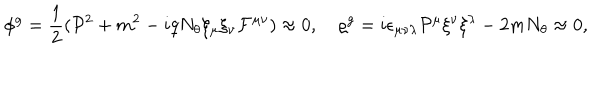
\phi ^ { g } = \frac { 1 } { 2 } ( { \cal P } ^ { 2 } + m ^ { 2 } - i q N _ { \theta } \xi _ { \mu } \xi _ { \nu } { \cal F } ^ { \mu \nu } ) \approx 0 , \quad \varrho ^ { g } = i \epsilon _ { \mu \nu \lambda } { \cal P } ^ { \mu } \xi ^ { \nu } \xi ^ { \lambda } - 2 m N _ { \theta } \approx 0 ,